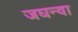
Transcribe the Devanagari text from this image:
जघन्वा